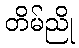
တိမ်ညို